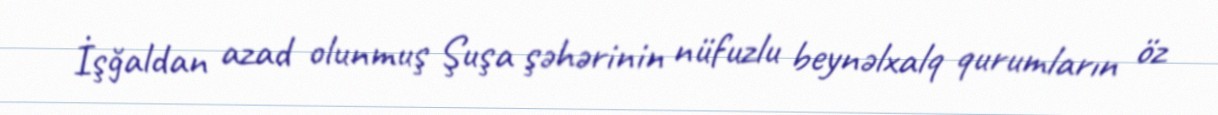
İşğaldan azad olunmuş Şuşa şəhərinin nüfuzlu beynəlxalq qurumların öz